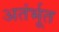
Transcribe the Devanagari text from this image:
अतंर्भूत